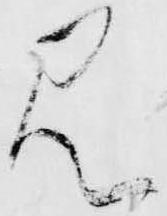
見